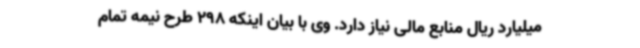
میلیارد ریال منابع مالی نیاز دارد. وی با بیان اینکه 298 طرح نیمه تمام